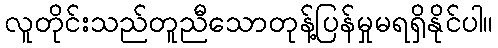
လူတိုင်းသည်တူညီသောတုန့်ပြန်မှုမရရှိနိုင်ပါ။